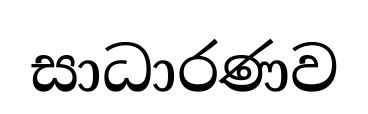
සාධාරණව